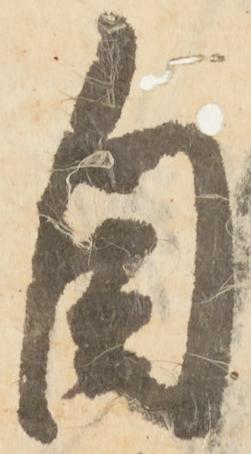
自